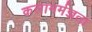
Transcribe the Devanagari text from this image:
कलामर्मज्ञता